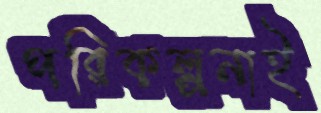
পরিকল্পনাই